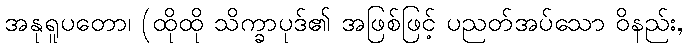
အနုရူပတော၊ (ထိုထို သိက္ခာပုဒ်၏ အဖြစ်ဖြင့် ပညတ်အပ်သော ဝိနည်း,